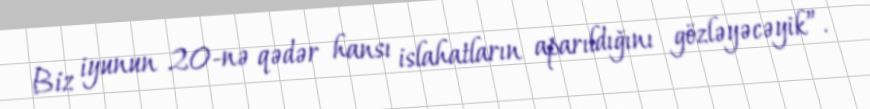
Biz iyunun 20-nə qədər hansı islahatların aparıldığını gözləyəcəyik”.